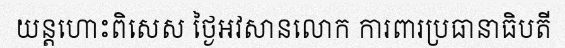
យន្តហោះពិសេស ថ្ងៃអវសានលោក ការពារប្រធានាធិបតី